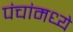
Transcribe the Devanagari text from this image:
पंचांमध्ये